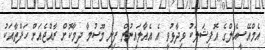
އެމްއޭސީއެލްގެ އޮފިޝަލަކު ވިދާޅުވީ އެ އެއާލައިނުން ފިނި މޫސުމާ ދިމާކޮށް ރާއްޖެއަށް ހަފްތާއަކު